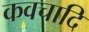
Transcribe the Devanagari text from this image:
कवचादि